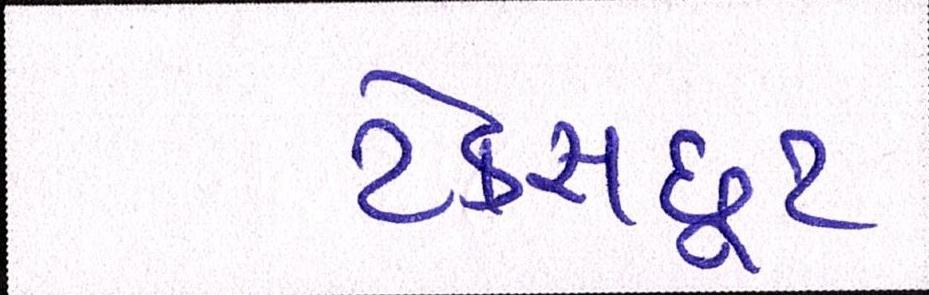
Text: ટેક્સછૂટ